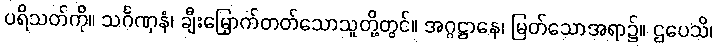
ပရိသတ်ကို။ သင်္ဂဏှနံ၊ ချီးမြှောက်တတ်သောသူတို့တွင်။ အဂ္ဂဋ္ဌာနေ၊ မြတ်သောအရာ၌။ ဌပေသိ၊